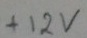
Text: +12V